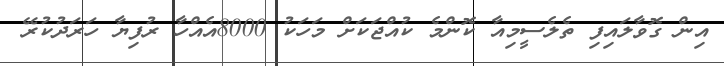
އިން ގޮވާލައިފި ތެލެސީމިއާ ކޮންމެ ކުއްޖަކަށް މަހަކު 8000އެއްހާ ރުފިޔާ ހަރަދުކުރޭ